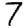
Digit: 7